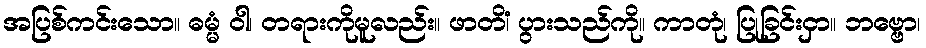
အပြစ်ကင်းသော။ ဓမ္မံ ဝါ၊ တရားကိုမူလည်း။ ဖာတိံ၊ ပွားသည်ကို။ ကာတုံ၊ ပြုခြင်းငှာ။ ဘဗ္ဗော၊